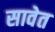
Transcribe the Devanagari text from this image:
सावेत